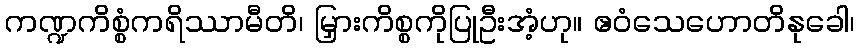
ကဏ္ဍကိစ္စံကရိဿာမီတိ၊ မြှားကိစ္စကိုပြုဦးအံ့ဟု။ ဧဝံသေဟောတိနုခေါ၊